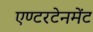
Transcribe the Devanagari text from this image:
एण्टरटेनमेंट